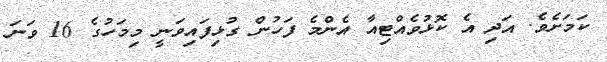
ކަމަށެވެ. އަދި އެ ކޮޅުވެއްޓިއާ އެންމެ ފަހުން ގުޅިފައިވަނީ މިމަހުގެ 16 ވަނަ